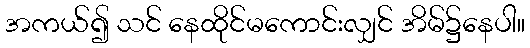
အကယ်၍ သင် နေထိုင်မကောင်းလျှင် အိမ်၌နေပါ။